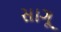
સાગૂ